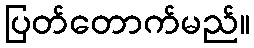
ပြတ်တောက်မည်။